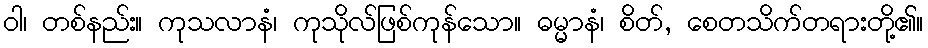
ဝါ၊ တစ်နည်း။ ကုသလာနံ၊ ကုသိုလ်ဖြစ်ကုန်သော။ ဓမ္မာနံ၊ စိတ်, စေတသိက်တရားတို့၏။